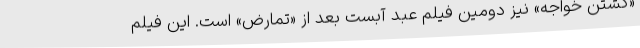
«کشتن خواجه» نیز دومین فیلم عبد آبست بعد از «تمارض» است. این فیلم